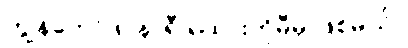
ကျွန်တော် ၈ နာရီ ရထားကိုမီမှ ဖြစ်မယ်။